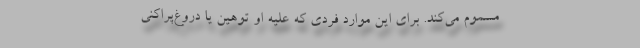
مسموم می‌کند. برای این موارد فردی که علیه او توهین یا دروغ‌پراکنی